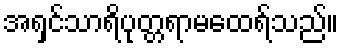
အရှင်သာရိပုတ္တရာမထေရ်သည်။